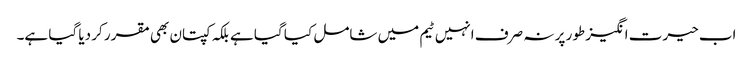
اب حیرت انگیز طور پر نہ صرف انہیں ٹیم میں شامل کیا گیا ہے بلکہ کپتان بھی مقرر کر دیا گیا ہے۔